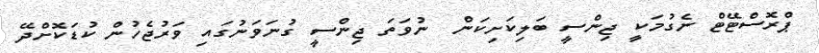
ޕްރޮސްޓޭޓް ނެގުމަކީ ޖިންސީ ބަލިކަށިކަން  ނުވަތަ ޖިންސީ ގުނަވަނުގައި ވަރުޖެހުން ކުޑަކޮށްދޭ